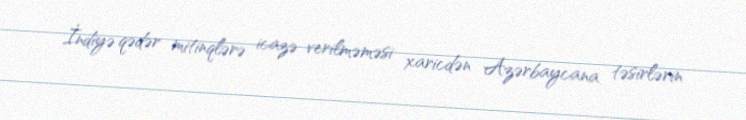
İndiyə qədər mitinqlərə icazə verilməməsi xaricdən Azərbaycana təsirlərin